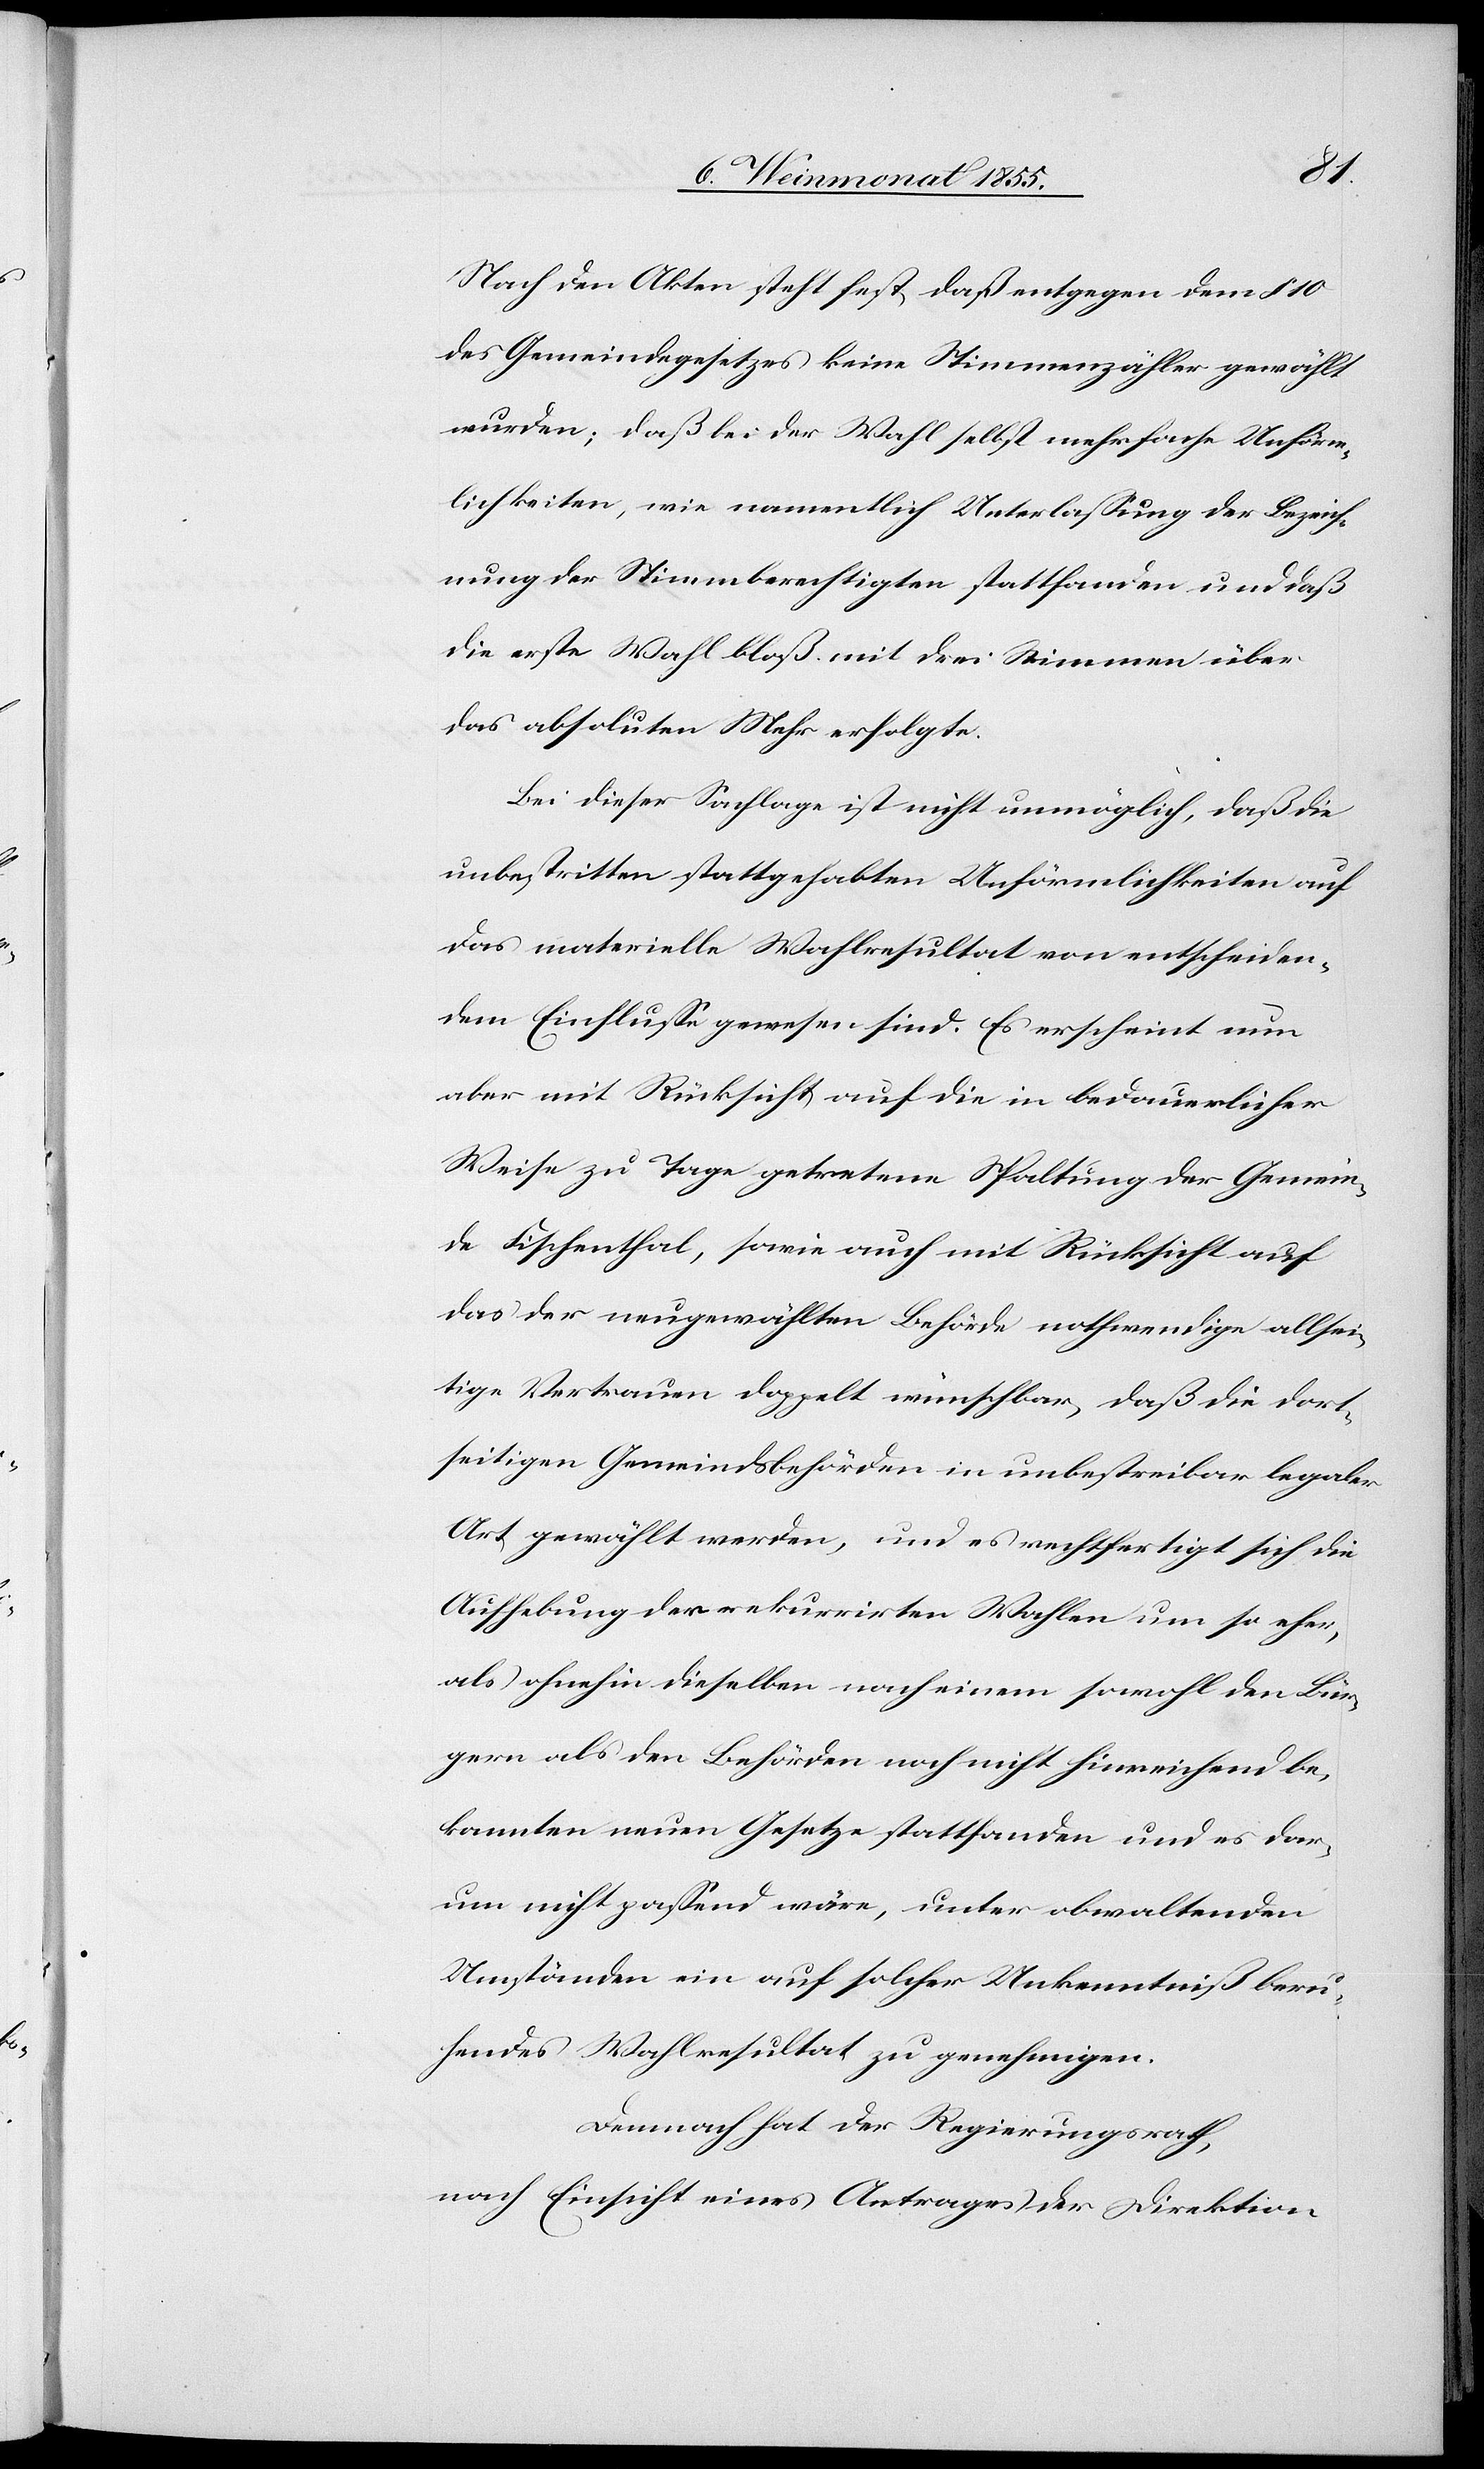
Nach den Akten steht fest, daß entgegen dem § 10
des Gemeindegesetzes keine Stimmenzähler gewählt
wurden; daß bei der Wahl selbst mehrfache Unförm¬
lichkeiten, wie namentlich Unterlassung der Bezeich¬
nung der Stimmberechtigten stattfanden und daß
die erste Wahl bloß mit drei Stimmen über
das absoluten Mehr erfolgte.
Bei dieser Sachlage ist nicht unmöglich, daß die
unbestritten stattgehabten Unförmlichkeiten auf
das materielle Wahlresultat von entscheiden¬
dem Einflusse gewesen sind. Es erscheint nun
aber mit Rücksicht auf die in bedauerlicher
Weise zu Tage getretene Spaltung der Gemein¬
de Fischenthal, sowie auch mit Rücksicht auf
das der neugewählten Behörde nothwendige allsei¬
tige Vertrauen doppelt wünschbar, daß die dort¬
seitigen Gemeindsbehörden in unbestrei[t]bar legaler
Art gewählt werden, und es rechtfertigt sich die
Aufhebung der rekurrirten Wahlen um so eher,
als ohnehin dieselben nach einem sowohl den Bür¬
gern als den Behörden noch nicht hinreichend be¬
kannten neuen Gesetze stattfanden und es dar¬
um nicht passend wäre, unter obwaltenden
Umständen ein auf solcher Unkenntniß beru¬
hendes Wahlresultat zu genehmigen.
Demnach hat der Regierungsrath,
nach Einsicht eines Antrages der Direktion